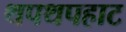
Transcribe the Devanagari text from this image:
थपथपहाट